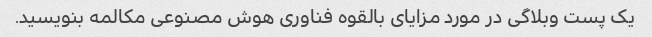
یک پست وبلاگی در مورد مزایای بالقوه فناوری هوش مصنوعی مکالمه بنویسید.